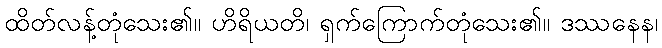
ထိတ်လန့်တုံသေး၏။ ဟိရိယတိ၊ ရှက်ကြောက်တုံသေး၏။ ဒဿနေန၊